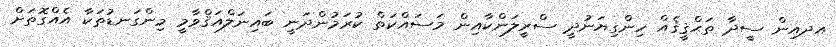
އދއިން ސީދާ ތަޙްޤީޤެއް ހިންގިޔަނުދީ ސްރީލަންކާއިން މަސައްކަތް ކުރަމުންދަނީ ބައިނަލްއަޤްވާމީ މިންގަނޑުތަކާ އެއްގޮތަށް